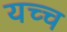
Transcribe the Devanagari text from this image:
यच्च